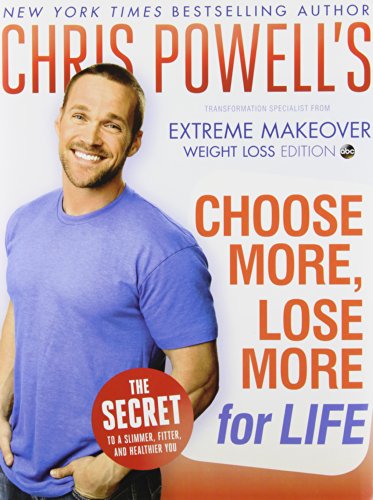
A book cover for Chris Powell's Choose More, Lose More for Life; Chris Powell; Cookbooks, Food & Wine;